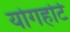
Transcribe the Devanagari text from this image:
योगहोर्ट